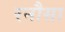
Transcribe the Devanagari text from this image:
रनौसा